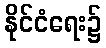
နိုင်ငံရေး၌